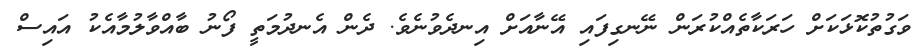
ވަގުތުކޮޅަކަށް ހަރަކާތެއްކުރަން ނޭނގިފައި އޭނާއަށް އިނދެވުނެވެ. ދެން އެނދުމަތީ ފޯނު ބާއްވާލުމާއެކު އައިސް